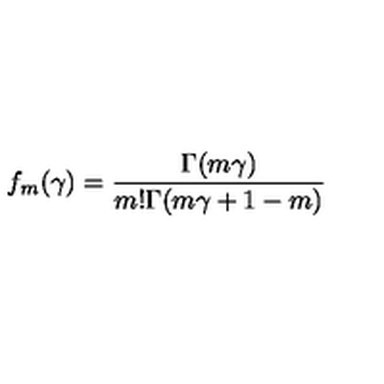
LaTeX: f _ { m } ( \gamma ) = \frac { \Gamma ( m \gamma ) } { m ! \Gamma ( m \gamma + 1 - m ) }